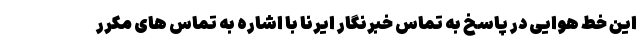
این خط هوایی در پاسخ به تماس خبرنگار ایرنا با اشاره به تماس های مکرر